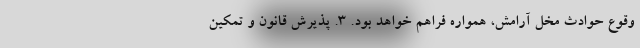
وقوع حوادث مخل آرامش، همواره فراهم خواهد بود. ۳. پذیرش قانون و تمکین